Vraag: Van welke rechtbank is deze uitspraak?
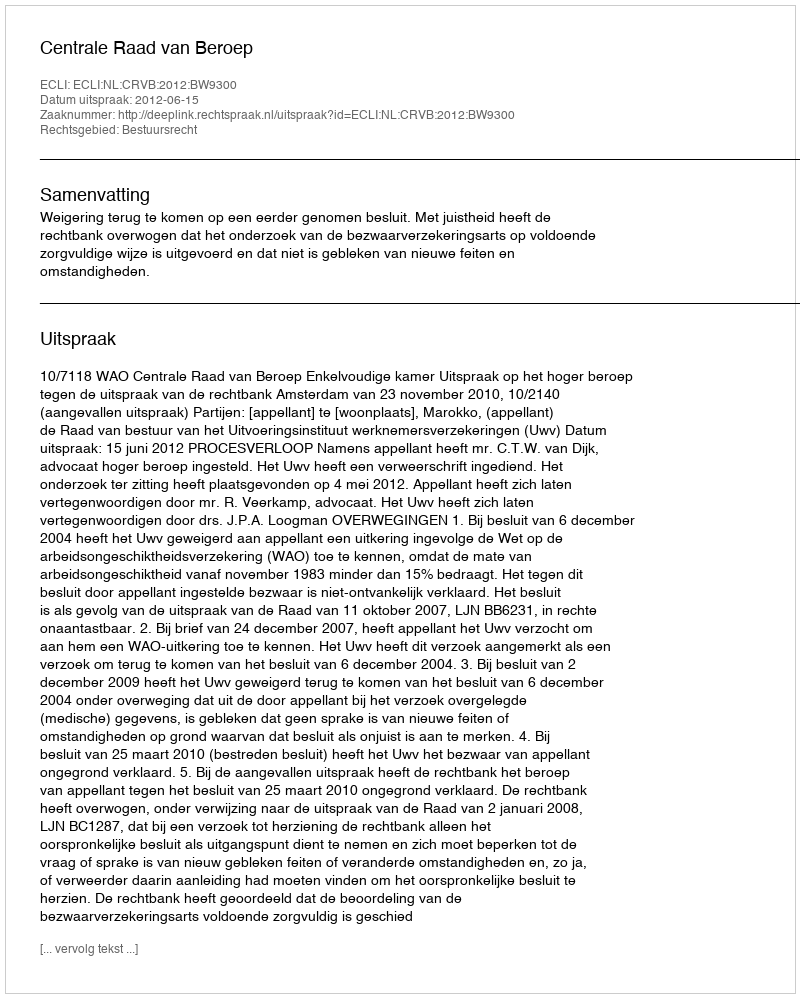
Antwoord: Centrale Raad van Beroep